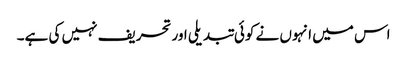
اس میں انہوں نے کوئی تبدیلی اور تحریف نہیں کی ہے۔